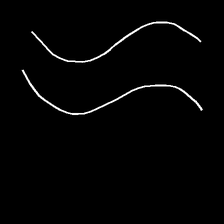
Glyph: float